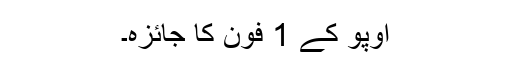
اوپو کے 1 فون کا جائزہ۔